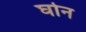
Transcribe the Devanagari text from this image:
घोन